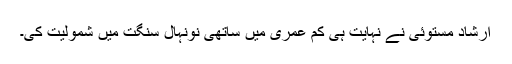
ارشاد مستوئی نے نہایت ہی کم عمری میں ساتھی نونہال سنگت میں شمولیت کی۔